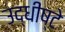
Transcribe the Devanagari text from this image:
उद्धीष्टे